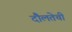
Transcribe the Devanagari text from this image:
दौलतेची